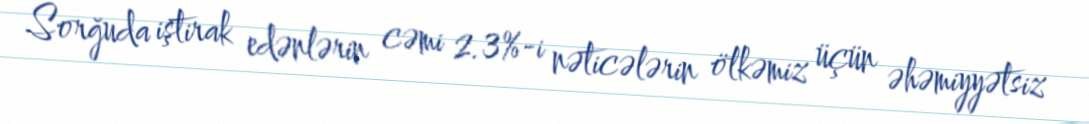
Sorğuda iştirak edənlərin cəmi 2.3%-i nəticələrin ölkəmiz üçün əhəmiyyətsiz